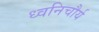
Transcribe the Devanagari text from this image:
ध्वनिचौर्य